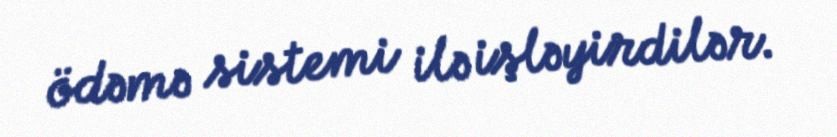
ödəmə sistemi ilə işləyirdilər.